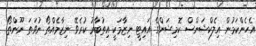
އެހެންކަމުން އިލެކްޝަންސް ކޮމިޝަންގެ އައިޓީ ނިޒާމަކީ އިތުބާރު ކުރެވޭ ނިޒާމެއްތޯ ނުވަތަ ނޫންތޯ